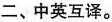
二、中英互译。